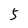
Character: 5